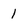
Character: 1